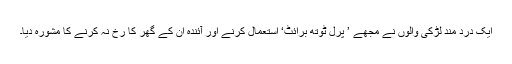
ایک درد مند لڑکی والوں نے مجھے ’ پرل ٹوتھ برائٹ‘ استعمال کرنے اور آئندہ ان کے گھر کا رُخ نہ کرنے کا مشورہ دیا۔